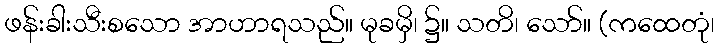
ဖန်းခါးသီးစသော အာဟာရသည်။ မုခမှိ၊ ၌။ သတိ၊ သော်။ (ကထေတုံ၊